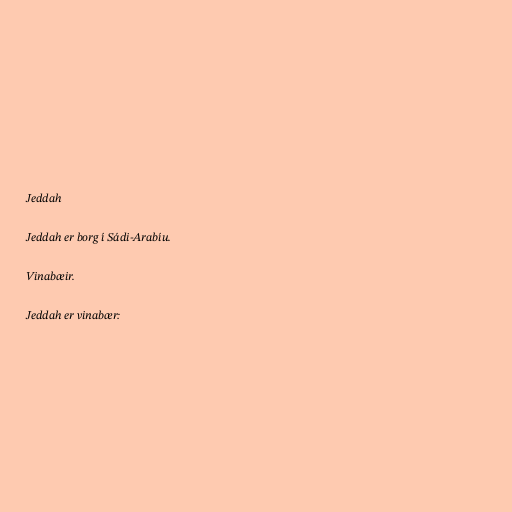
Jeddah

Jeddah er borg í Sádi-Arabíu.

Vinabæir.

Jeddah er vinabær: